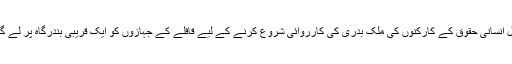
اسرائیل انسانی حقوق کے کارکنوں کی ملک بدری کی کارروائی شروع کرنے کے لیے قافلے کے جہازوں کو ایک قریبی بندرگاہ پر لے گیا ہے۔